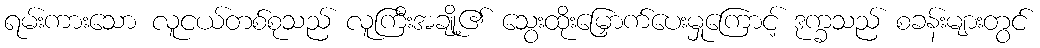
ရမ်းကားသော လူငယ်တစ်စုသည် လူကြီးအချို့၏ သွေးထိုးမြှောက်ပေးမှုကြောင့် ဒုက္ခသည် စခန်းများတွင်